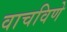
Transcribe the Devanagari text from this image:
वाचविणे